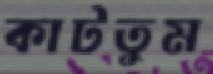
কাটতুম